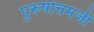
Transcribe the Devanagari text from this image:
पुरूषोत्तमजी